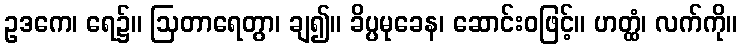
ဥဒကေ၊ ရေ၌။ ဩတာရေတွာ၊ ချ၍။ ခိပ္ပမုခေန၊ ဆောင်းဝဖြင့်။ ဟတ္ထံ၊ လက်ကို။